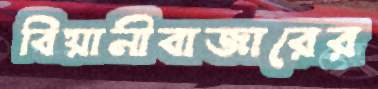
বিয়ানীবাজারের